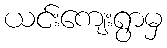
ယင်းကျေးရွာမှ